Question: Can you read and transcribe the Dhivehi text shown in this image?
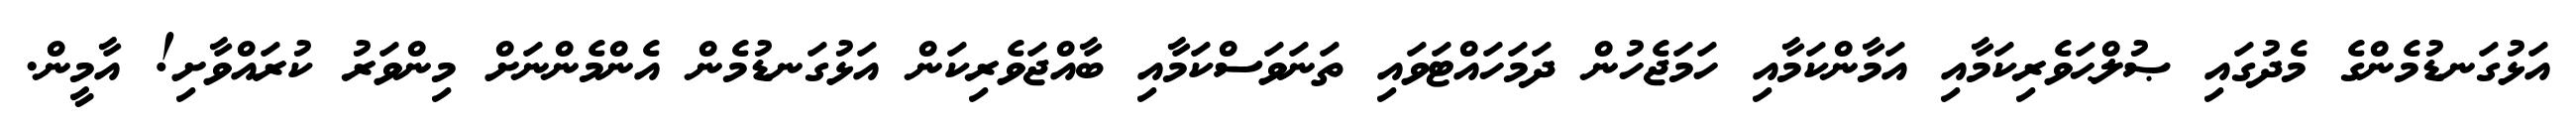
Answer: އަޅުގަނޑުމެންގެ މެދުގައި ޞުލްޙަވެރިކަމާއި އަމާންކަމާއި ހަމަޖެހުން ދަމަހައްޓަވައި ތަނަވަސްކަމާއި ބާއްޖަވެރިކަން އަޅުގަނޑުމެން އެންމެންނަށް މިންވަރު ކުރައްވާށި! އާމީން.